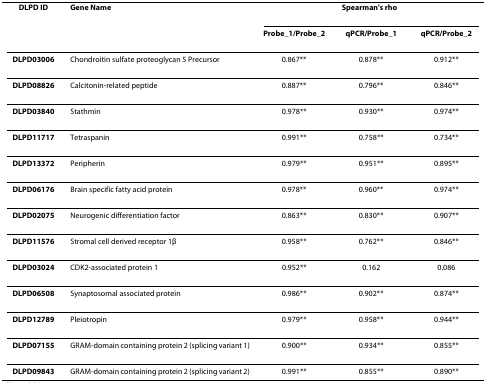
<table><thead><tr><td><b>DLPD ID</b></td><td><b>Gene Name</b></td><td colspan="3"><b>Spearman&#x27;s rho</b></td></tr><tr><td></td><td></td><td><b>Probe_1/Probe_2</b></td><td><b>qPCR/Probe_1</b></td><td><b>qPCR/Probe_2</b></td></tr></thead><tbody><tr><td><b>DLPD03006</b></td><td>Chondroitin sulfate proteoglycan 5 Precursor</td><td>0.867**</td><td>0.878**</td><td>0.912**</td></tr><tr><td><b>DLPD08826</b></td><td>Calcitonin-related peptide</td><td>0.887**</td><td>0.796**</td><td>0.846**</td></tr><tr><td><b>DLPD03840</b></td><td>Stathmin</td><td>0.978**</td><td>0.930**</td><td>0.974**</td></tr><tr><td><b>DLPD11717</b></td><td>Tetraspanin</td><td>0.991**</td><td>0.758**</td><td>0.734**</td></tr><tr><td><b>DLPD13372</b></td><td>Peripherin</td><td>0.979**</td><td>0.951**</td><td>0.895**</td></tr><tr><td><b>DLPD06176</b></td><td>Brain specific fatty acid protein</td><td>0.978**</td><td>0.960**</td><td>0.974**</td></tr><tr><td><b>DLPD02075</b></td><td>Neurogenic differentiation factor</td><td>0.863**</td><td>0.830**</td><td>0.907**</td></tr><tr><td><b>DLPD11576</b></td><td>Stromal cell derived receptor 1β</td><td>0.958**</td><td>0.762**</td><td>0.846**</td></tr><tr><td><b>DLPD03024</b></td><td>CDK2-associated protein 1</td><td>0.952**</td><td>0.162</td><td>0.086</td></tr><tr><td><b>DLPD06508</b></td><td>Synaptosomal associated protein</td><td>0.986**</td><td>0.902**</td><td>0.874**</td></tr><tr><td><b>DLPD12789</b></td><td>Pleiotropin</td><td>0.979**</td><td>0.958**</td><td>0.944**</td></tr><tr><td><b>DLPD07155</b></td><td>GRAM-domain containing protein 2 (splicing variant 1)</td><td>0.900**</td><td>0.934**</td><td>0.855**</td></tr><tr><td><b>DLPD09843</b></td><td>GRAM-domain containing protein 2 (splicing variant 2)</td><td>0.991**</td><td>0.855**</td><td>0.890**</td></tr></tbody></table>